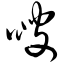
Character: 嗖